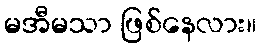
မအီမသာ ဖြစ်နေလား။